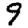
Digit: 9